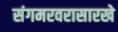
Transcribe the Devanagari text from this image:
संगमरवरासारखे